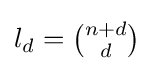
l_{d}={\tbinom {n+d}{d}}